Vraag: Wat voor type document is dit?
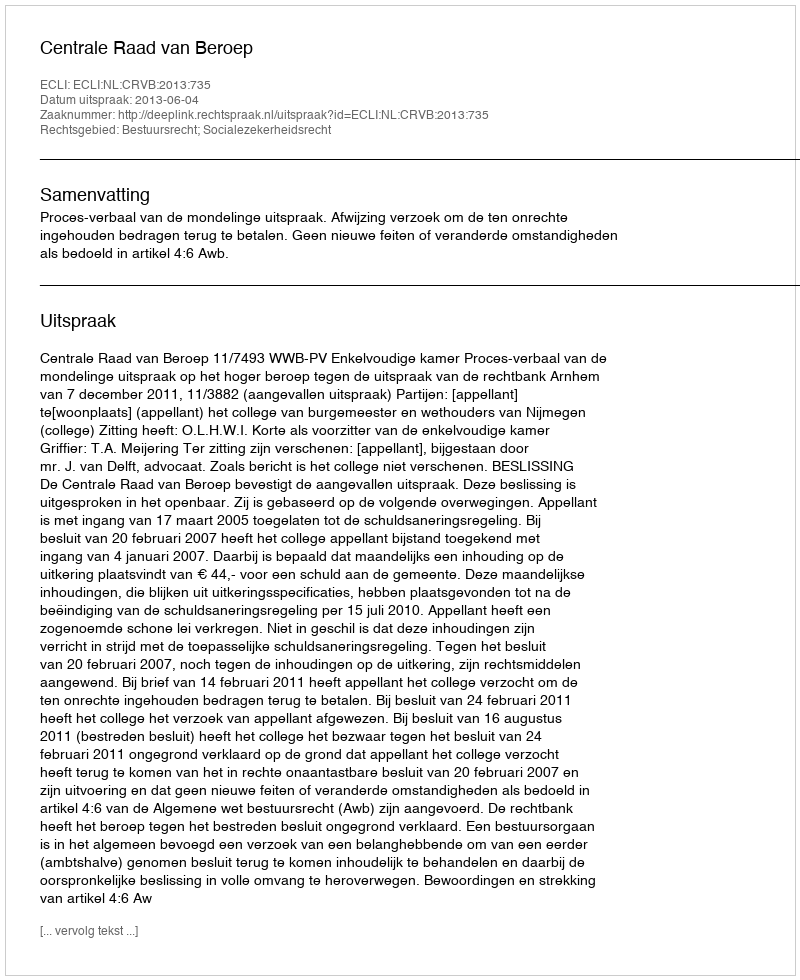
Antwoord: Uitspraak